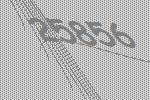
25856